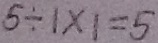
5 \div 1 \times 1 = 5